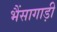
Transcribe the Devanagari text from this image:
भैंसागाड़ी